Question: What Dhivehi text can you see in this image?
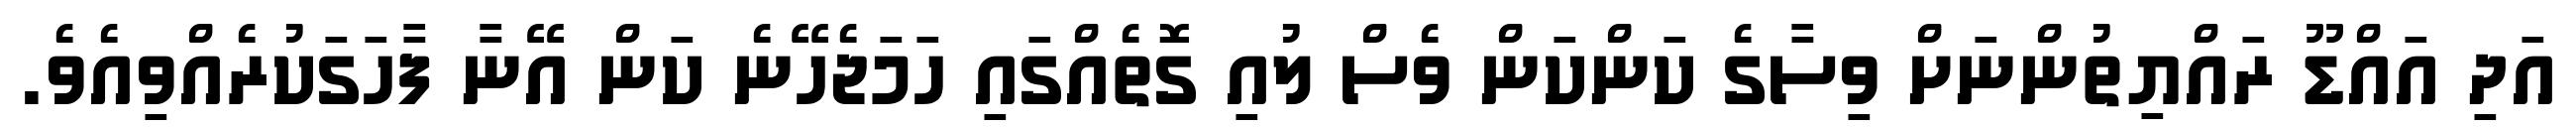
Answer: އަދި އައްޑޫ ރައްޔިތުންނަށް ވިސާގެ ކަންކަން ވެސް ލުއި ގޮތެއްގައި ހަމަޖެހޭނެ ކަން އޭނާ ފާހަގަކުރެއްވިއެވެ.